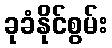
ခုခံနိုင်စွမ်း